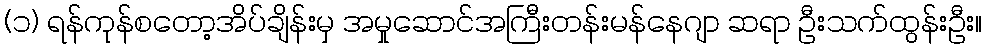
(၁) ရန်ကုန်စတော့အိပ်ချိန်းမှ အမှုဆောင်အကြီးတန်းမန်နေဂျာ ဆရာ ဦးသက်ထွန်းဦး။